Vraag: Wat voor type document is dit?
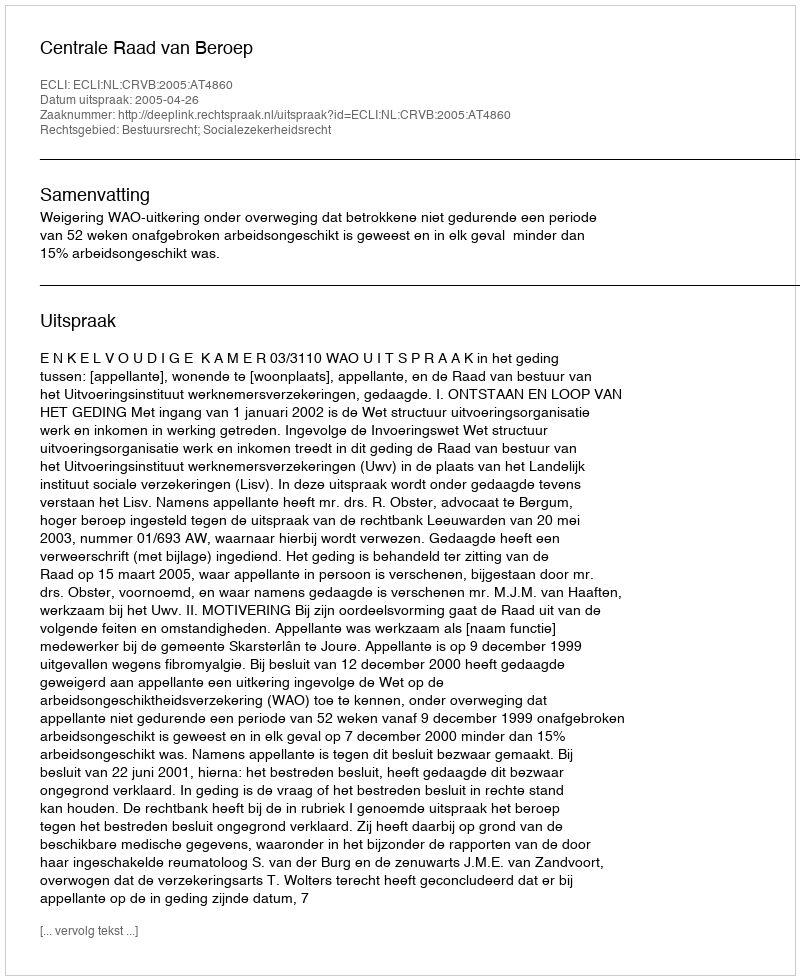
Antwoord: Uitspraak